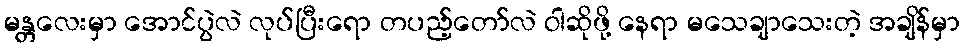
မန္တလေးမှာ အောင်ပွဲလဲ လုပ်ပြီးရော တပည့်တော်လဲ ဝါဆိုဖို့ နေရာ မသေချာသေးတဲ့ အချိန်မှာ